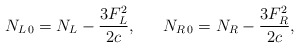
\begin{align*}N_{L\,0}=N_{L}-{{3F^2_L}\over{2c}}, \ \ \ \ \ N_{R\,0}=N_{R}-{{3F^2_R}\over{2c}},\end{align*}